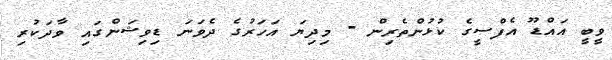
ވީބީ އައްޑޫ އެފްސީގެ ކުޅުންތެރިން - މިދިޔަ އަހަރުގެ ދެވަނަ ޑިވިޝަންގައި ވާދަކުރި